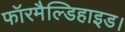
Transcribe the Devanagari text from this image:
फॉरमैल्डिहाइड।